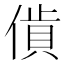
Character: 𧵰